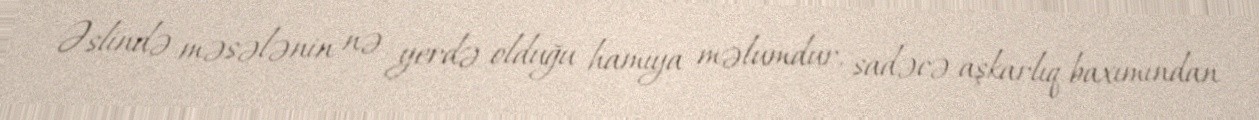
Əslində məsələnin nə yerdə olduğu hamıya məlumdur, sadəcə aşkarlıq baxımından